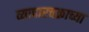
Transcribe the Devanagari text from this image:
व्यापारचक्राच्या